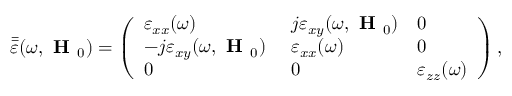
\bar { \bar { \varepsilon } } ( \omega , \textbf { H } _ { 0 } ) = \left( \begin{array} { l l l } { \varepsilon _ { x x } ( \omega ) } & { j \varepsilon _ { x y } ( \omega , \textbf { H } _ { 0 } ) } & { 0 } \\ { - j \varepsilon _ { x y } ( \omega , \textbf { H } _ { 0 } ) \ } & { \varepsilon _ { x x } ( \omega ) } & { 0 } \\ { 0 } & { 0 } & { \varepsilon _ { z z } ( \omega ) } \end{array} \right) ,